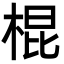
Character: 棍